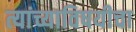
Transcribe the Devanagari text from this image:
त्यांच्याविषयीचा